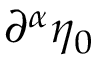
\partial ^ { \alpha } \eta _ { 0 }